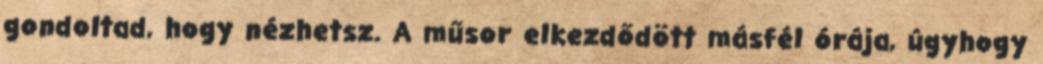
gondoltad, hogy nézhetsz. A műsor elkezdődött másfél órája, úgyhogy